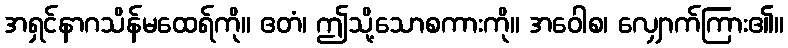
အရှင်နာဂသိန်မထေရ်ကို။ ဧတံ၊ ဤသို့သောစကားကို။ အဝေါစ၊ လျှောက်ကြား၏။